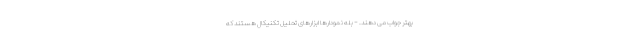
بهتر جواب می دهند. - بله نمودارها ابزارهای تحلیل تکنیکال هستند که